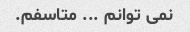
نمی توانم ... متاسفم.